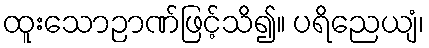
ထူးသောဉာဏ်ဖြင့်သိ၍။ ပရိညေယျံ၊